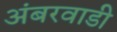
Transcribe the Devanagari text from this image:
अंबरवाडी